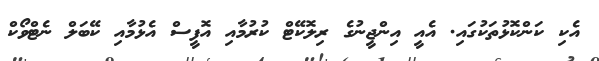
އެކި ކަންކޮޅުތަކުގައި. އެއީ އިންޖީނުގެ ރިލޮކޭޓް ކުރުމާއި އޮފީސް އެޅުމާއި ކޭބަލް ނެޓްވޯކް